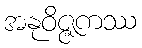
အနုဝိဇ္ဇကဿ